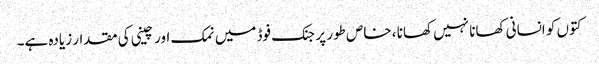
کتوں کو انسانی کھانا نہیں کھانا ، خاص طور پر جنک فوڈ میں نمک اور چینی کی مقدار زیادہ ہے۔